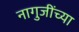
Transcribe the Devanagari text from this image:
नागुजींच्या